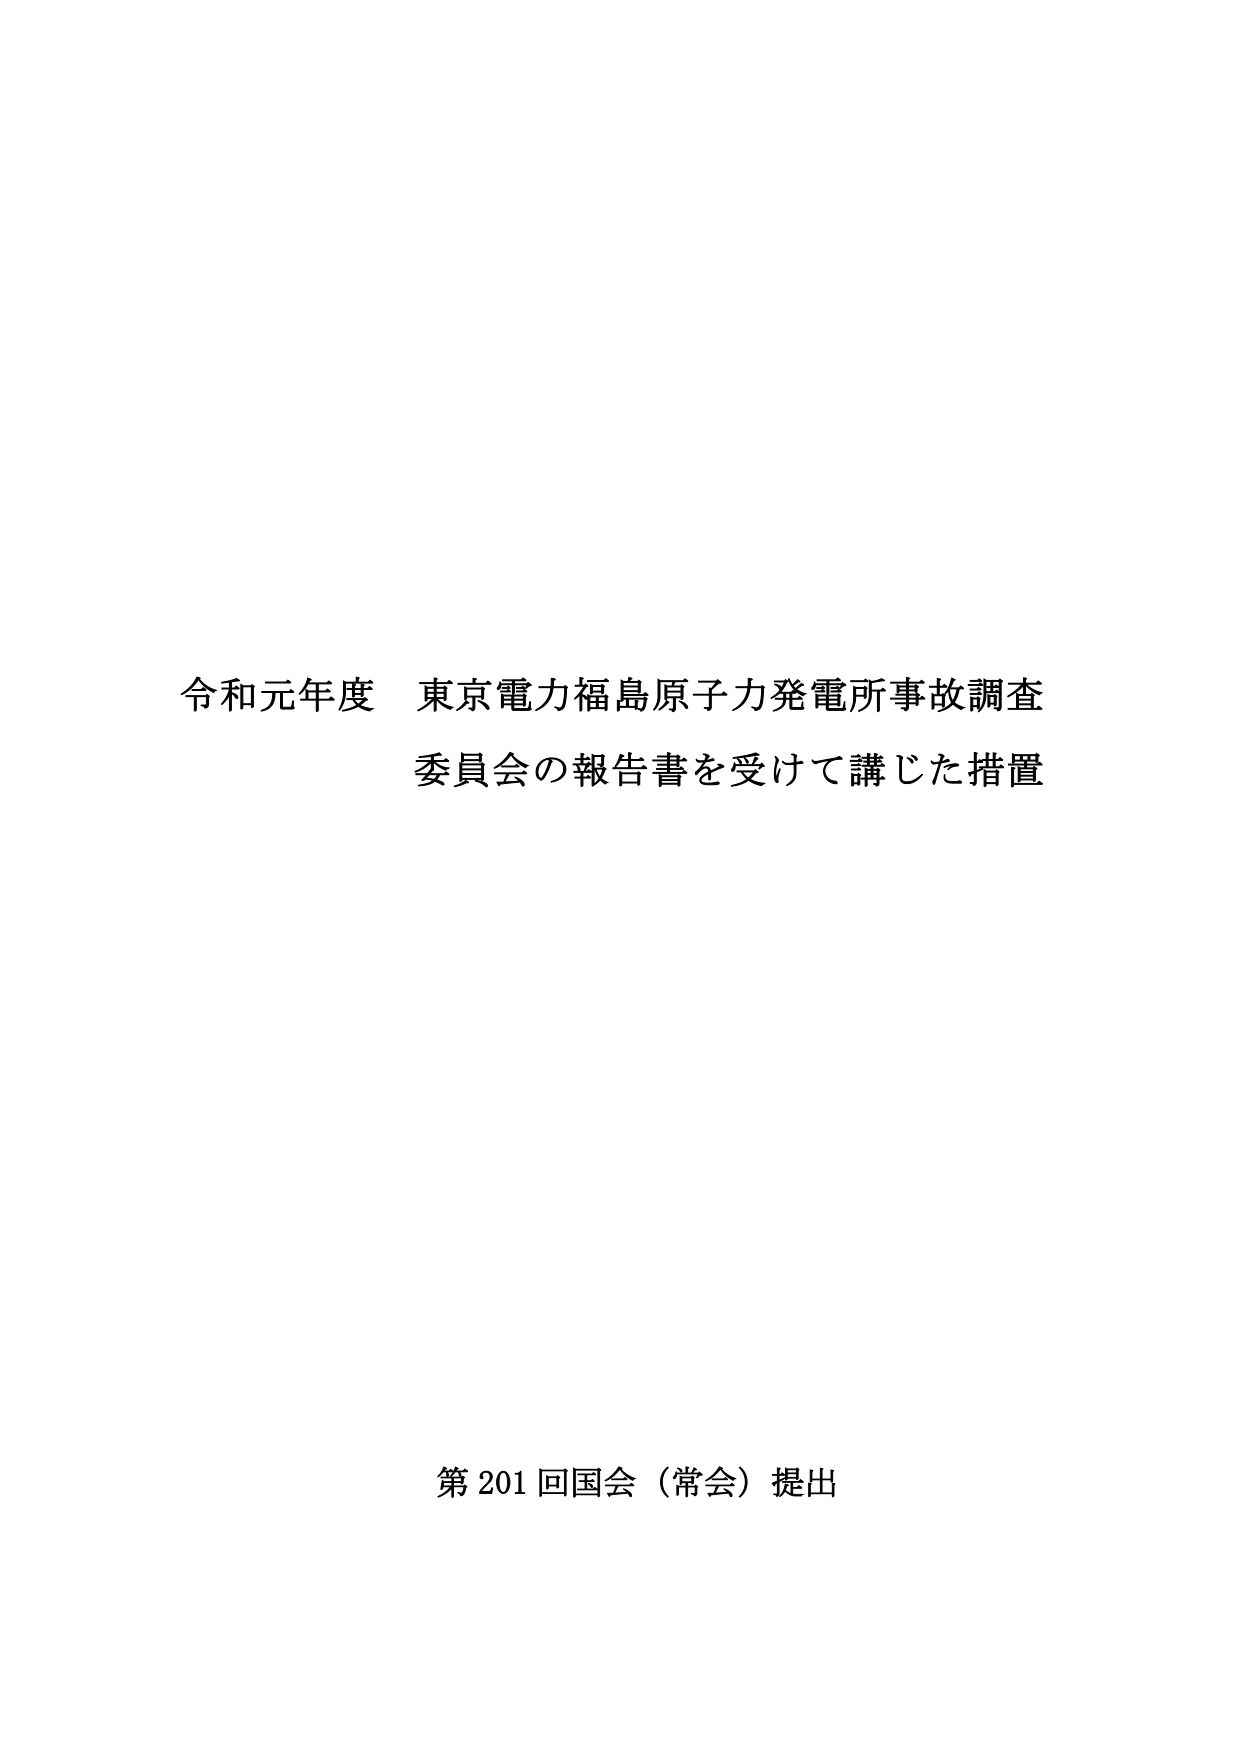
令和元年度 東京電力福島原子力発電所事故調査
委員会の報告書を受けて講じた措置

第201回国会（常会）提出